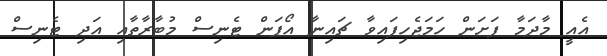
އެއީ މާދަމާ ފަށަން ހަމަޖެހިފައިވާ ޗައިނާ އޯޕަން ޓެނިސް މުބާރާތާއި އަދި ޓެނިސް